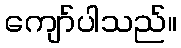
ကျော်ပါသည်။